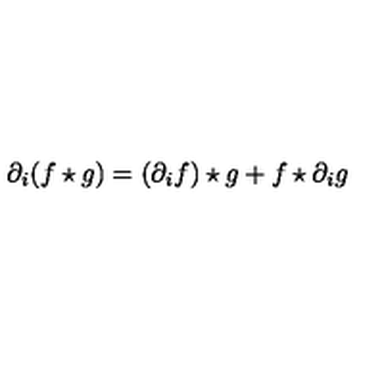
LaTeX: \partial _ { i } ( f \star g ) = ( \partial _ { i } f ) \star g + f \star \partial _ { i } g